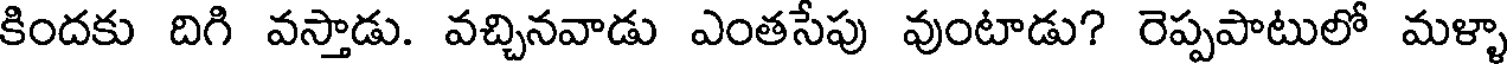
కిందకు దిగి వస్తాడు. వచ్చినవాడు ఎంతసేపు వుంటాడు? రెప్పపాటులో మళ్ళా